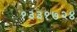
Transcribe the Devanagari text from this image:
१३३१७२४